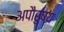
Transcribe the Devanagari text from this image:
अपौरुषय